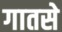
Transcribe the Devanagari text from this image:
गातसे